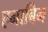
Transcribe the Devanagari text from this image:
एनाबिन